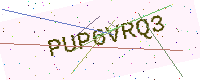
Text: PUP6VRQ3